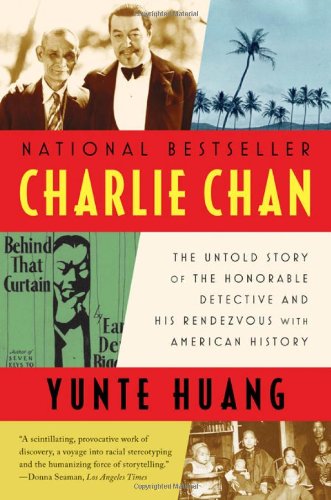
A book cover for Charlie Chan: The Untold Story of the Honorable Detective and His Rendezvous with American History; Yunte Huang; Mystery, Thriller & Suspense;